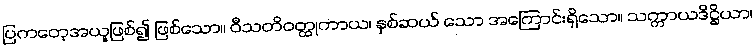
ပြကတေ့အယူဖြစ်၍ ဖြစ်သော။ ဝီသတိဝတ္ထုကာယ၊ နှစ်ဆယ် သော အကြောင်းရှိသော။ သက္ကာယဒိဋ္ဌိယာ၊